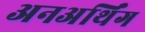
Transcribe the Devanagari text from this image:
अनअर्थिंग